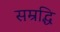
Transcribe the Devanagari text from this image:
सम्रद्धि